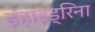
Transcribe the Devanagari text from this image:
इंहाइड्रिना